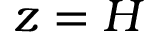
z = H